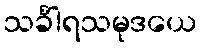
သင်္ခါရသမုဒယေ